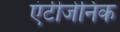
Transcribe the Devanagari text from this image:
एंटीजेनिक